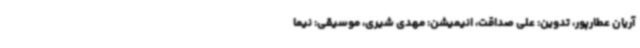
آریان عطارپور، تدوین: علی صداقت، انیمیشن: مهدی شیری، موسیقی: نیما